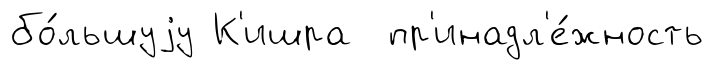
бо́льшуjу К'ишра пр'инадл'е́жность